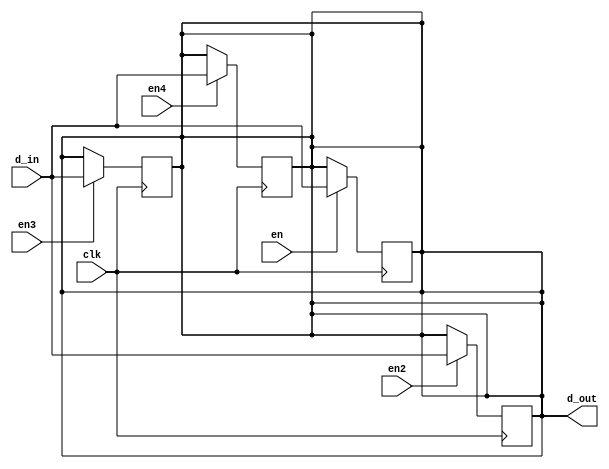
`timescale 1ns / 1ps
module test_1bit(


input d_in, // Data input
input clk, // clock input
input en,
input en2,
input en3,
input en4,
output reg d_out // output Q


);

always @(posedge clk)
begin
if(en)
d_out<= d_in;

end

always@(posedge clk)
begin
if(en2)
d_out<= d_in;
end

always@(posedge clk)
begin
if(en3)
d_out<= d_in;
end

always@(posedge clk)
begin
if(en4)
d_out<= d_in;
end

endmodule